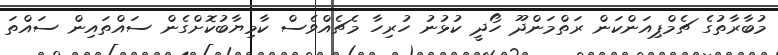
މުބާރާތުގެ ޗެމްޕިއަންކަން ރަތްމަންދޫ ހޯދީ ކުޅުނު ހުރިހާ މެޗެއްވެސް ކާމިޔާބުކޮށްގެން ސައްތައިން ސައްތަ